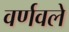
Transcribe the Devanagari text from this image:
वर्णवले